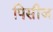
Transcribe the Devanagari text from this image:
पिसीज